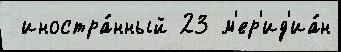
 иностра́нный 23 м'ер'ид'иа́н